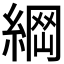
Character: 𦂴